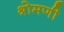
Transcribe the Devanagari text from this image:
श्रोमणी